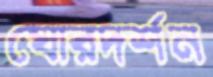
ঘোরদর্শন